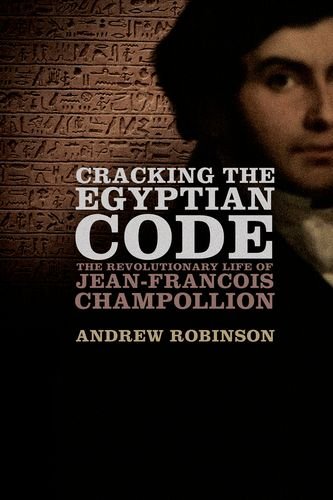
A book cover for Cracking the Egyptian Code: The Revolutionary Life of Jean-Francois Champollion; Andrew Robinson; History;